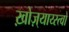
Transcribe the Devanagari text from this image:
ख़ोज़्याय्स्त्वो